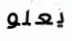
يعلو